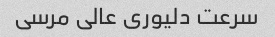
سرعت دلیوری عالی مرسی